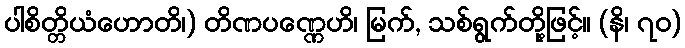
ပါစိတ္တိယံဟောတိ၊) တိဏပဏ္ဏေဟိ၊ မြက်, သစ်ရွက်တို့ဖြင့်။ (နိ၊ ၇၀)